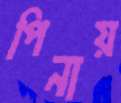
পিনায়